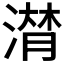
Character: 𱨏